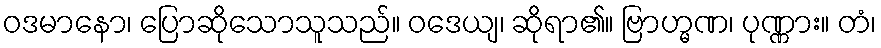
ဝဒမာနော၊ ပြောဆိုသောသူသည်။ ဝဒေယျ၊ ဆိုရာ၏။ ဗြာဟ္မဏ၊ ပုဏ္ဏား။ တံ၊